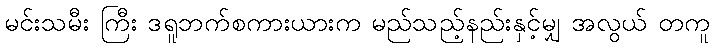
မင်းသမီး ကြီး ဒရူဘက်စကားယားက မည်သည့်နည်းနှင့်မျှ အလွယ် တကူ